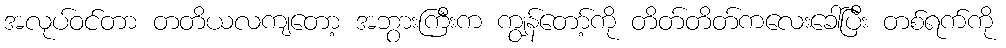
အလုပ်ဝင်တာ တတိယလကျတော့ အဘွားကြီးက ကျွန်တော့်ကို တိတ်တိတ်ကလေးခေါ်ပြီး တစ်ရက်ကို